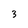
Character: 3